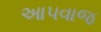
આપવાજ